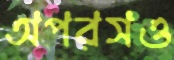
অপরসও